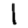
Digit: 1